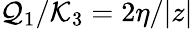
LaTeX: \mathcal{Q}_{1}/\mathcal{K}_{3}=2\eta/|z|